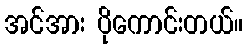
အင်အား ပိုကောင်းတယ်။